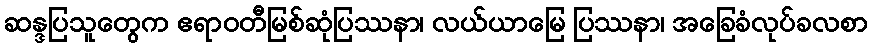
ဆန္ဒပြသူတွေက ဧရာဝတီမြစ်ဆုံပြဿနာ၊ လယ်ယာမြေ ပြဿနာ၊ အခြေခံလုပ်ခလစာ